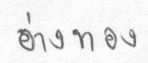
อ่างทอง